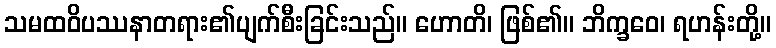
သမထဝိပဿနာတရား၏ပျက်စီးခြင်းသည်။ ဟောတိ၊ ဖြစ်၏။ ဘိက္ခဝေ၊ ရဟန်းတို့။